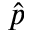
\hat { p }